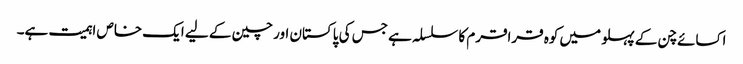
اکسائے چن کے پہلو میں کوہ قراقرم کا سلسلہ ہے جس کی پاکستان اور چین کے لیے ایک خاص اہمیت ہے۔